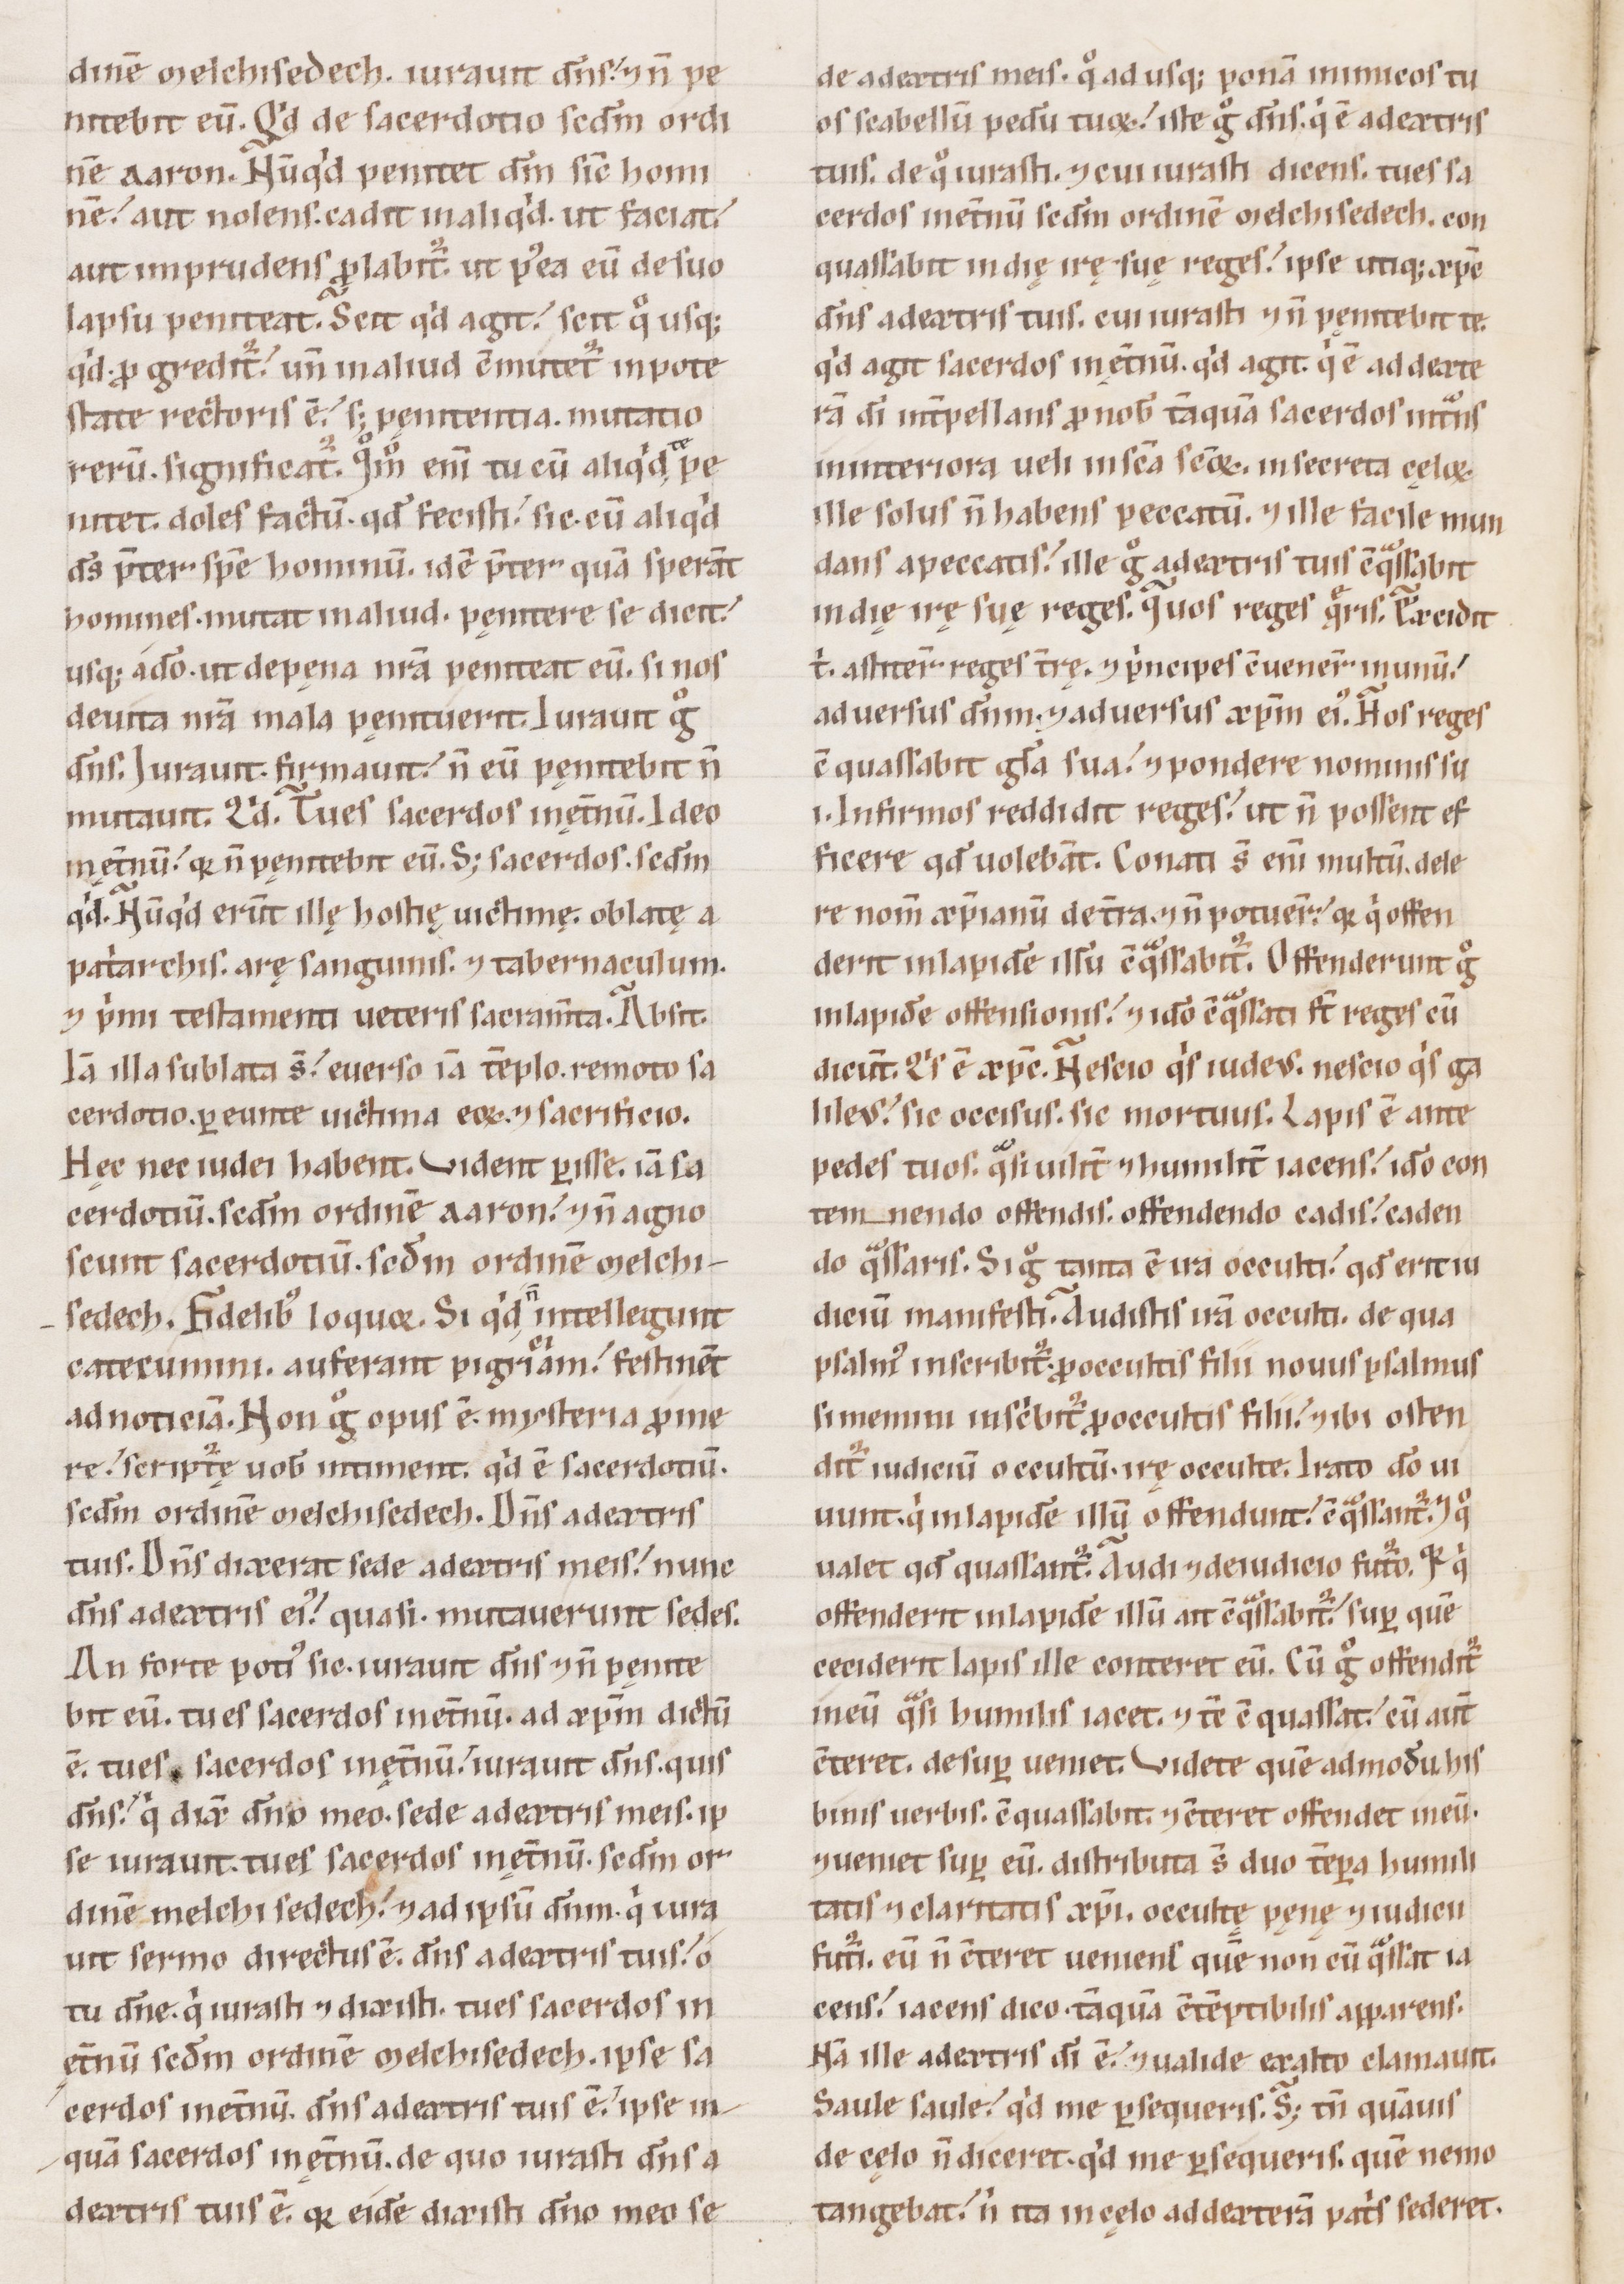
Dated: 1100–1199